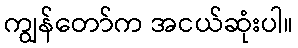
ကျွန်တော်က အငယ်ဆုံးပါ။